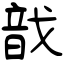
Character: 戠